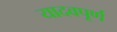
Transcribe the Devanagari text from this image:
यादवपूर्ण